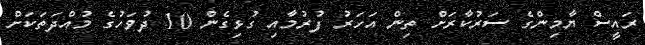
ރައީސް ޔާމިންގެ ސަރުކާރަށް ތިން އަހަރު ފުރުމާއި ގުޅިގެން 10 ދުވަހުގެ މުއްދަތަކަށް